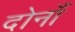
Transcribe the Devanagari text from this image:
दोनाँ